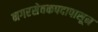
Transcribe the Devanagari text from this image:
नगरसेवकपदापासून